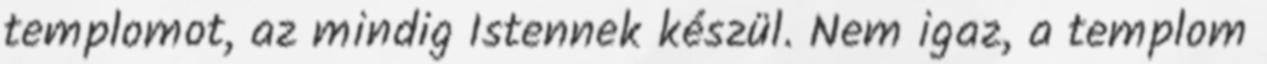
templomot, az mindig Istennek készül. Nem igaz, a templom